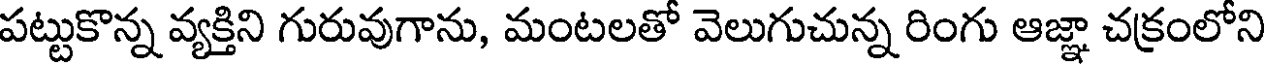
పట్టుకొన్న వ్యక్తిని గురువుగాను, మంటలతో వెలుగుచున్న రింగు ఆజ్ఞా చక్రంలోని